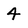
Character: 4